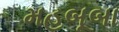
મહબૂબા